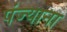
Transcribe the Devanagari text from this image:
पंज्याना